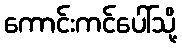
ကောင်းကင်ပေါ်သို့